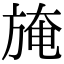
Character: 𣃾